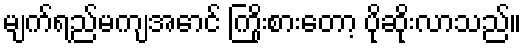
မျက်ရည်မကျအောင် ကြိုးစားတော့ ပိုဆိုးလာသည်။